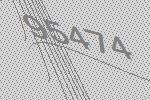
95474